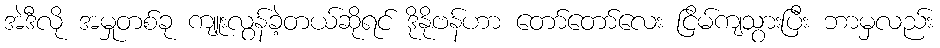
အဲဒီလို အမှုတစ်ခု ကျူးလွန်ခဲ့တယ်ဆိုရင် ဒိုနိုဗန်ဟာ တော်တော်လေး ငြိမ်ကျသွားပြီး ဘာမှလည်း